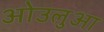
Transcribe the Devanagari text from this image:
ओउलुआ